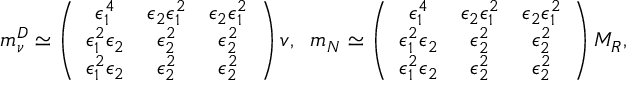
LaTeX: m _ { \nu } ^ { D } \simeq \left( \begin{array} { c c c } { { \epsilon _ { 1 } ^ { 4 } } } & { { \epsilon _ { 2 } \epsilon _ { 1 } ^ { 2 } } } & { { \epsilon _ { 2 } \epsilon _ { 1 } ^ { 2 } } } \\ { { \epsilon _ { 1 } ^ { 2 } \epsilon _ { 2 } } } & { { \epsilon _ { 2 } ^ { 2 } } } & { { \epsilon _ { 2 } ^ { 2 } } } \\ { { \epsilon _ { 1 } ^ { 2 } \epsilon _ { 2 } } } & { { \epsilon _ { 2 } ^ { 2 } } } & { { \epsilon _ { 2 } ^ { 2 } } } \end{array} \right) v , \; \; m _ { N } \simeq \left( \begin{array} { c c c } { { \epsilon _ { 1 } ^ { 4 } } } & { { \epsilon _ { 2 } \epsilon _ { 1 } ^ { 2 } } } & { { \epsilon _ { 2 } \epsilon _ { 1 } ^ { 2 } } } \\ { { \epsilon _ { 1 } ^ { 2 } \epsilon _ { 2 } } } & { { \epsilon _ { 2 } ^ { 2 } } } & { { \epsilon _ { 2 } ^ { 2 } } } \\ { { \epsilon _ { 1 } ^ { 2 } \epsilon _ { 2 } } } & { { \epsilon _ { 2 } ^ { 2 } } } & { { \epsilon _ { 2 } ^ { 2 } } } \end{array} \right) M _ { R } ,